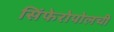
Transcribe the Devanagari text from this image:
सिंफेरोपोलची